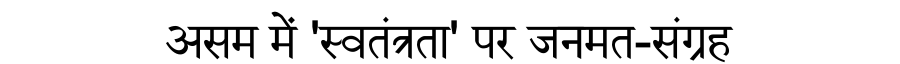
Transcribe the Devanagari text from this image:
असम में 'स्वतंत्रता' पर जनमत-संग्रह